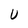
Character: U